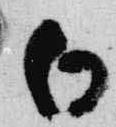
白